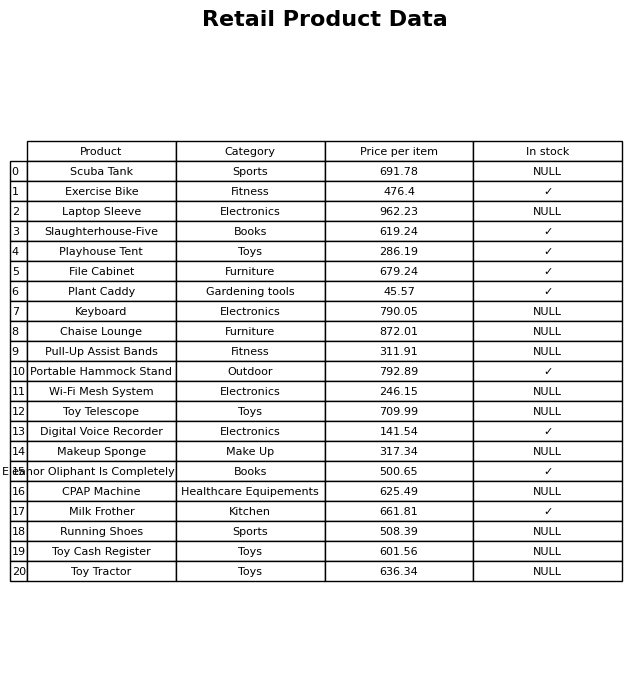
question: What is the price for Keyboard?
answer: The price of Keyboard is 790.05.